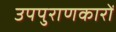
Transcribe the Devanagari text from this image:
उपपुराणकारों